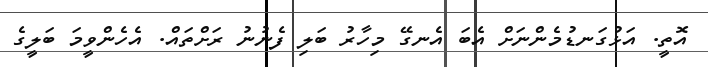
އޮތީ. އަޅުގަނޑުމެންނަށް އެބަ އެނގޭ މިހާރު ބަލި ފެނުނު ރަށްތައް. އެހެންވީމަ ބަލީގެ